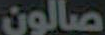
صالون